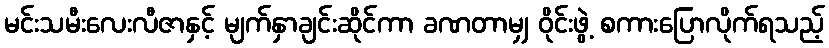
မင်းသမီးလေးလီဇာနှင့် မျက်နှာချင်းဆိုင်ကာ ခဏတာမျှ ဝိုင်းဖွဲ့ စကားပြောလိုက်ရသည့်